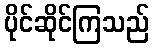
ပိုင်ဆိုင်ကြသည်